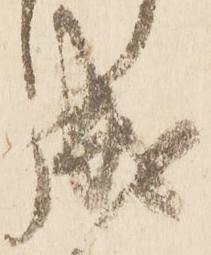
成